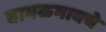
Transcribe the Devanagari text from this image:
बाभळगावचे